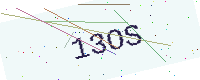
Text: 13OS